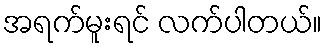
အရက်မူးရင် လက်ပါတယ်။